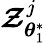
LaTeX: \boldsymbol{\mathcal{Z}}_{\boldsymbol{\theta}_{1}^{\ast}}^{j}